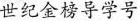
世纪金榜导学号